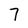
Character: 7